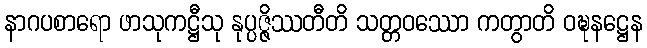
နာဂပစာရော ဖာသုကဋ္ဌီသု နုပ္ပဇ္ဇိဿတီတိ သတ္တဝဿော ကတွာတိ ဝဍ္ဎနဋ္ဌေန